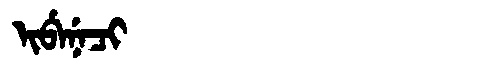
Manchu: ᡳᠪᡝᠨᡝᠴᡳ
Romanization: IBENECI